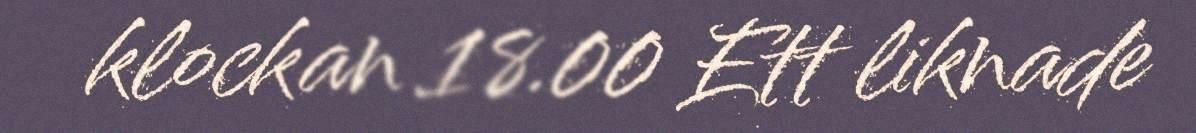
klockan 18.00 Ett liknade